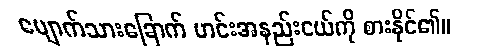
မျောက်သားခြောက် ဟင်းအနည်းငယ်ကို စားနိုင်၏။